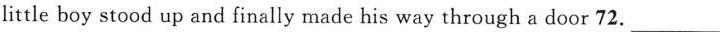
little boy stood up and finally made his way through a door 72. ___